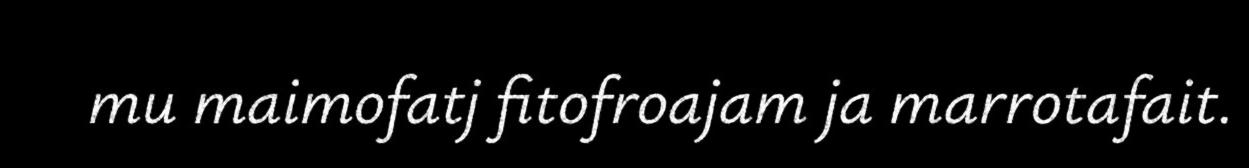
mu maimofatj fitofroajam ja marrotafait.